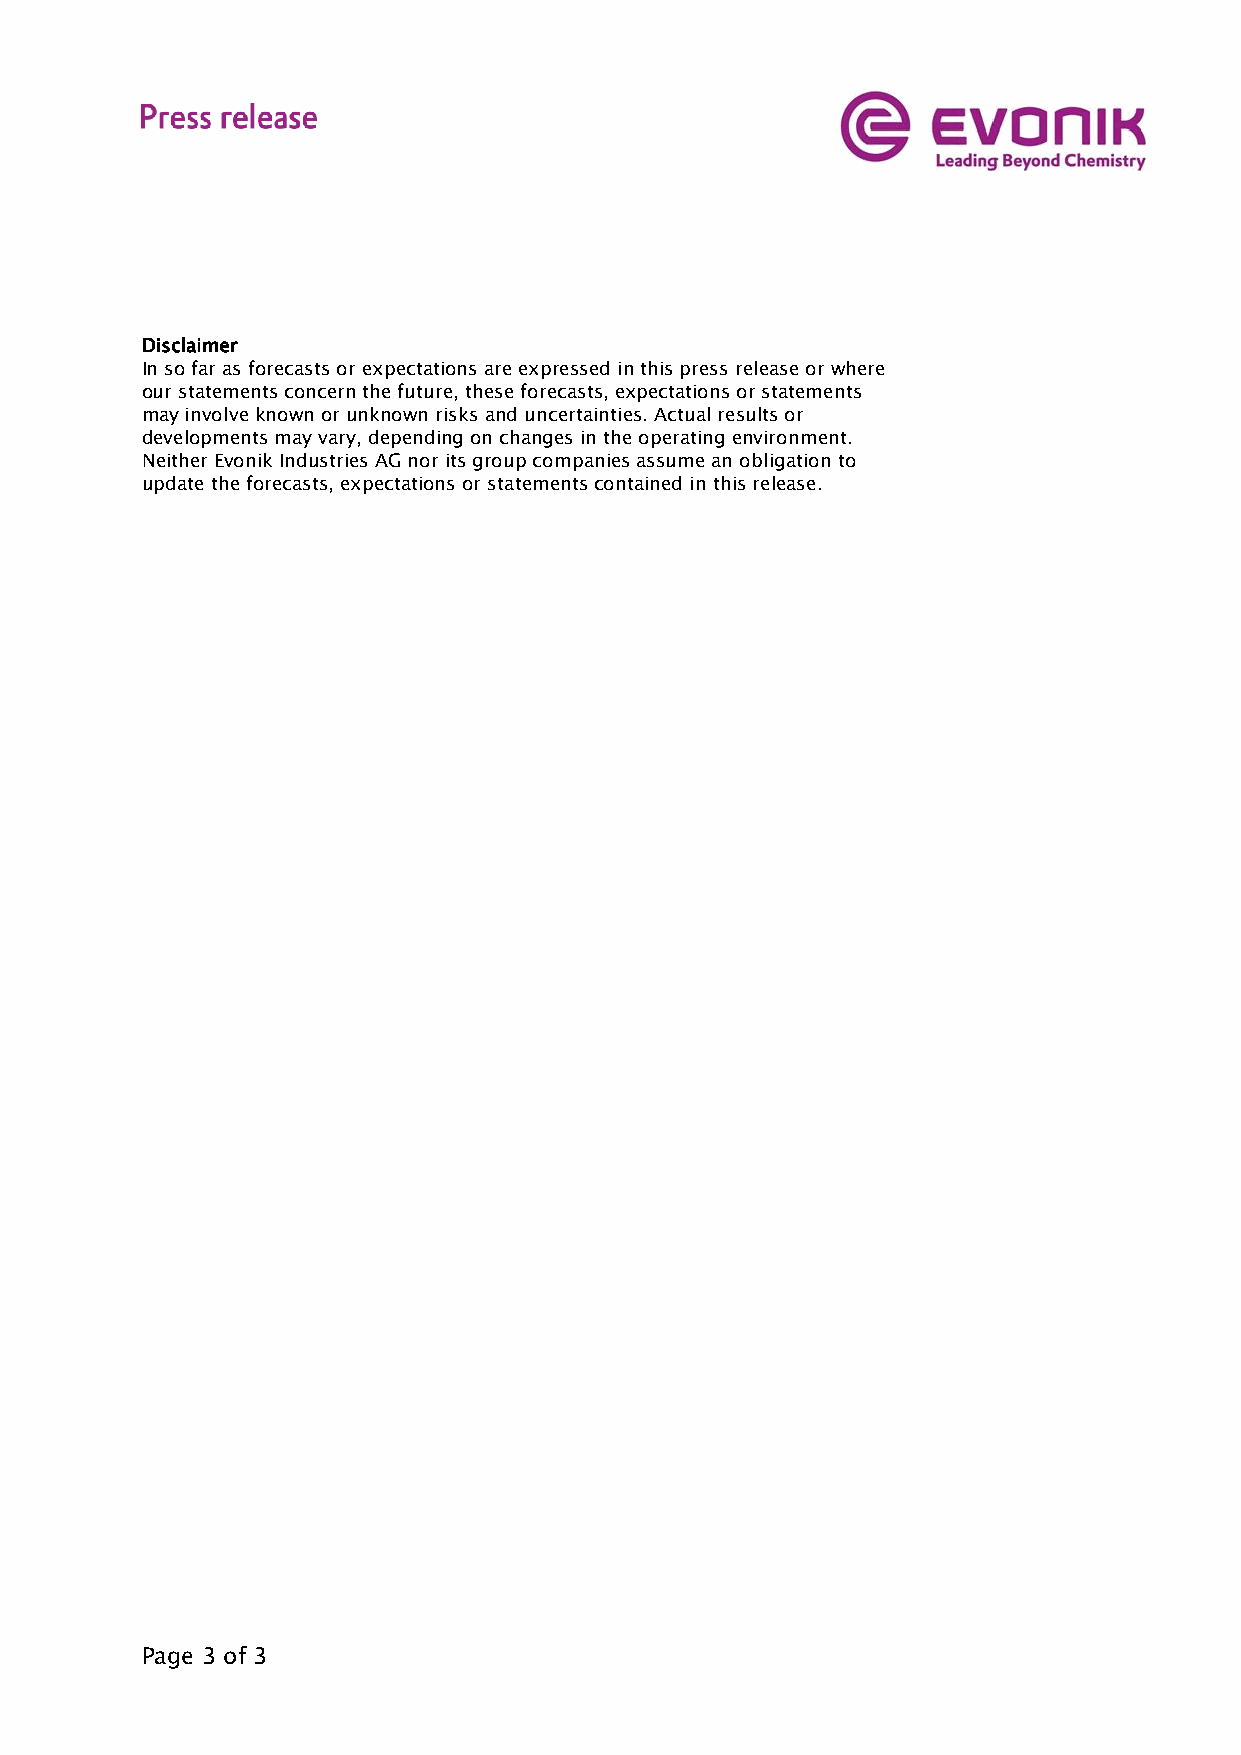
Disclaimer
 In so far as forecasts or expectations are expressed in this press release or where
 our statements concern the future, these forecasts, expectations or statements
 may involve known or unknown risks and uncertainties. Actual results or
 developments may vary, depending on changes in the operating environment.
 Neither Evonik Industries AG nor its group companies assume an obligation to
 update the forecasts, expectations or statements contained in this release.
 Page 3 of 3